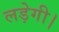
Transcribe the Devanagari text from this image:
लड़ेगी।